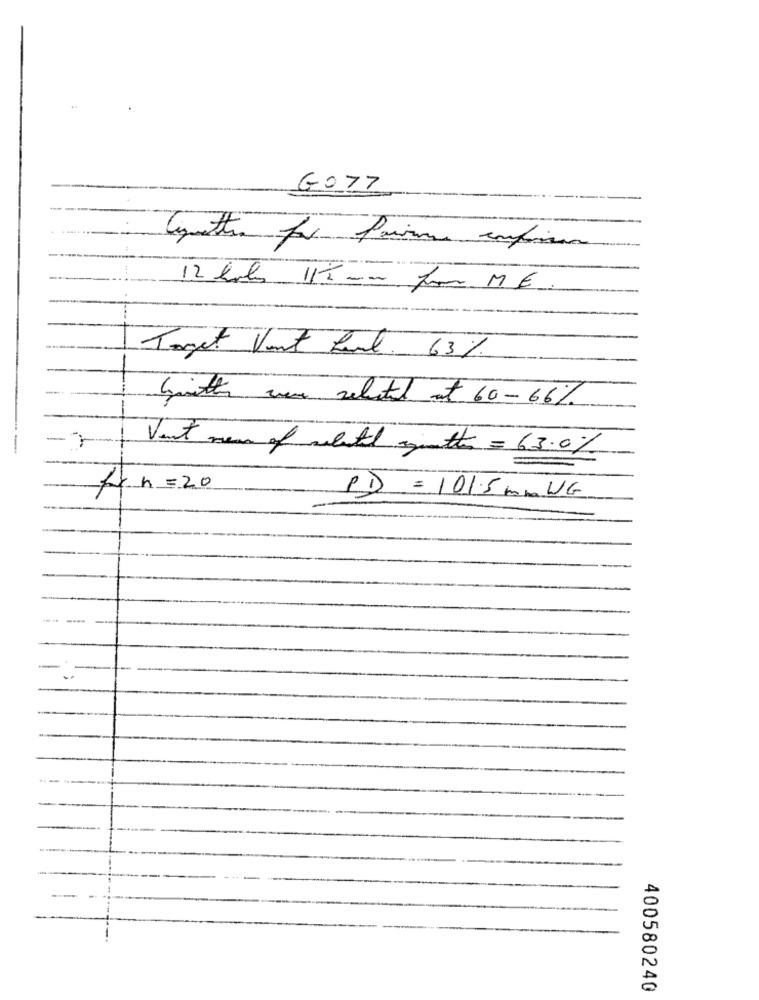
GO77
12 horas 11h mm for ME.
Toget Vont Paul. 63%
-
Givethe war relatil at 60-66%
-
Vent mean of selected quetter = 63.0%
ffn = 20
PD = 101.5 mmNG
400580240